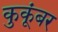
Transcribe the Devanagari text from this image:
कुकूंबर